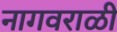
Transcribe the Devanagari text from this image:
नागवराळी